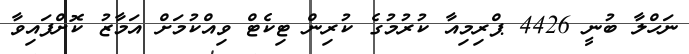
ނަހްލާ ބުނީ 4426 ޕްރިމިއާ ކުރުމުގެ ކުރިން ޓިކެޓް ވިއްކުމަށް އަމާޒު ކޮށްފައިވާ